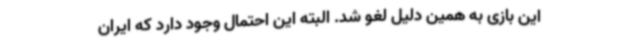
این بازی به همین دلیل لغو شد. البته این احتمال وجود دارد که ایران